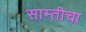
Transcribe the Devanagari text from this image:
साम्तीचा